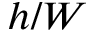
h / W